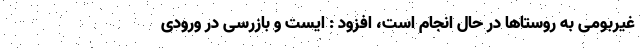
غیربومی به روستاها در حال انجام است، افزود : ایست و بازرسی در ورودی